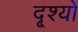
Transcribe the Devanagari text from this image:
दृ्श्यों